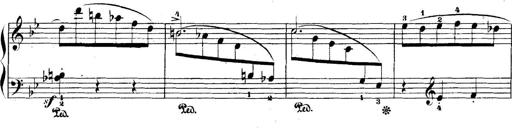
Title: 5 Sonatinas
Composer: Theodor Kirchner